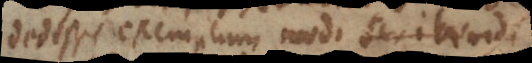
dedisse exemplum modi scribendi